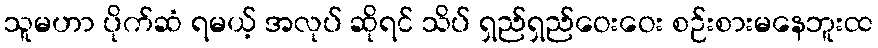
သူမဟာ ပိုက်ဆံ ရမယ့် အလုပ် ဆိုရင် သိပ် ရှည်ရှည်ဝေးဝေး စဉ်းစားမနေဘူးထ